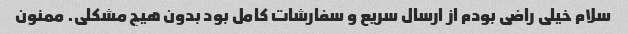
سلام خیلی راضی بودم از ارسال سریع و سفارشات کامل بود بدون هیچ مشکلی. ممنون